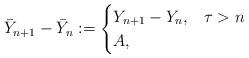
LaTeX: \begin{align*} \bar Y_{n+1} -\bar Y_n :=\begin{cases} Y_{n+1} -Y_n,& \tau >n\\ A,& \end{cases}\end{align*}